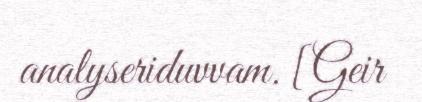
analyseriduvvam. [Geir